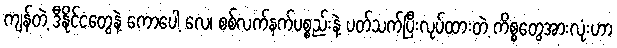
ကျန်တဲ့ ဒီနိုင်ငံတွေနဲ့ ကောပေါ့ လေ၊ စစ်လက်နက်ပစ္စည်းနဲ့ ပတ်သက်ပြီးလုပ်ထားတဲ့ ကိစ္စတွေအားလုံးဟာ